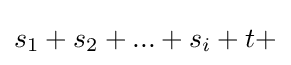
s_{1}+s_{2}+...+s_{i}+t+